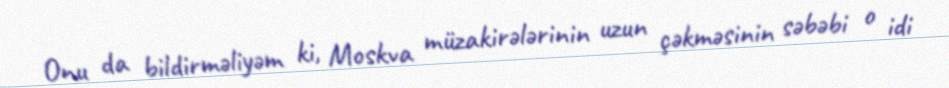
Onu da bildirməliyəm ki, Moskva müzakirələrinin uzun çəkməsinin səbəbi o idi